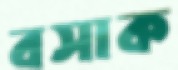
বসাক